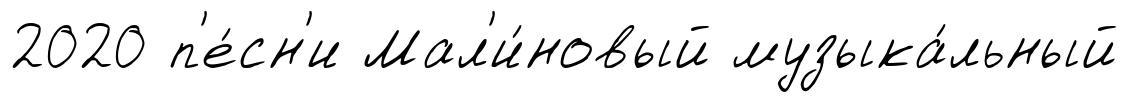
2020 п'е́сн'и Мал'и́новый музыка́льный